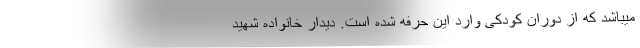
میباشد که از دوران کودکی وارد این حرفه شده است. دیدار خانواده شهید